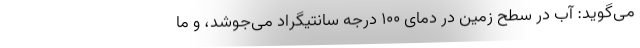
می‌گوید: آب در سطح زمین در دمای ۱۰۰ درجه سانتیگراد می‌جوشد، و ما